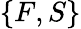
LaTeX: \{ F,S\}